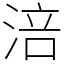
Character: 涪